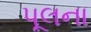
પૂલના